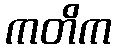
ကတိက